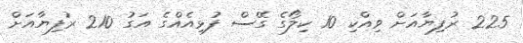
225 ރުފިޔާއަށް ވިއްކި 10 ކިލޯގެ ގޭސް ފުޅިއެއްގެ އަގު 210 ރުފިޔާއަށް